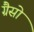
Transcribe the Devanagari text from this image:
ग्रैसो